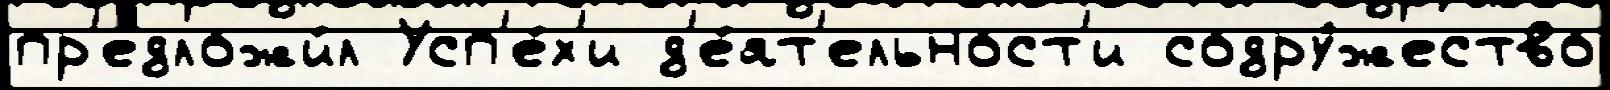
пр'едложи́л Усп'е́х'и д'е́ят'ельност'и содру́жество